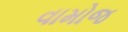
વામોજ